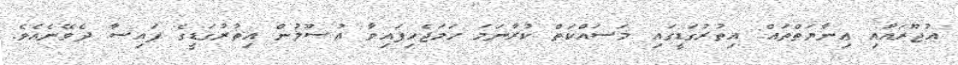
އުޖޫރައާއި ޢިނާޔަތްތައް: އިތުރުގަޑީގައި މަސައްކަތް ކުރާނަމަ ހަމަޖެހިފައިވާ އުޞޫލުން އިތުރުގަޑީގެ ފައިސާ ދެވޭނެއެވެ.